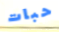
حبات